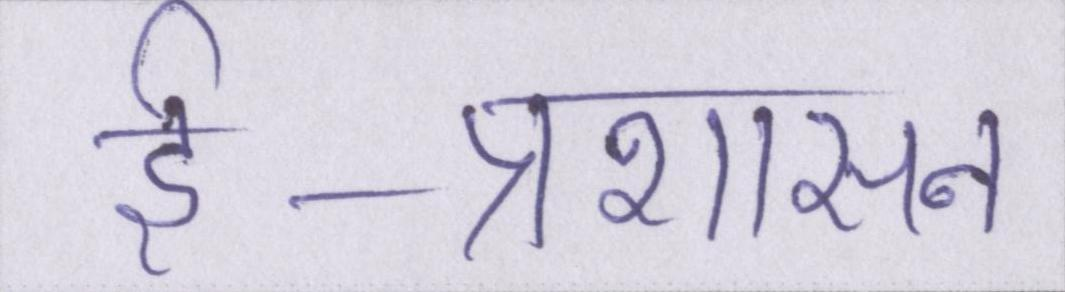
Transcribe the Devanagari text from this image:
ई-प्रशासन